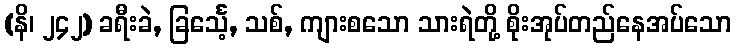
(နိ၊ ၂၄၂) ခရီးခဲ, ခြင်္သေ့, သစ်, ကျားစသော သားရဲတို့ စိုးအုပ်တည်နေအပ်သော